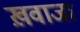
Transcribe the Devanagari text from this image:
ख़वाजा